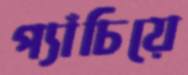
প্যাঁচিয়ে